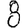
Digit: 8